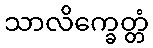
သာလိက္ခေတ္တံ